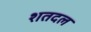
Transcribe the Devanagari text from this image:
शतदल